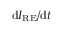
\mathrm { d } I _ { \mathrm { R E } } / \mathrm { d } t